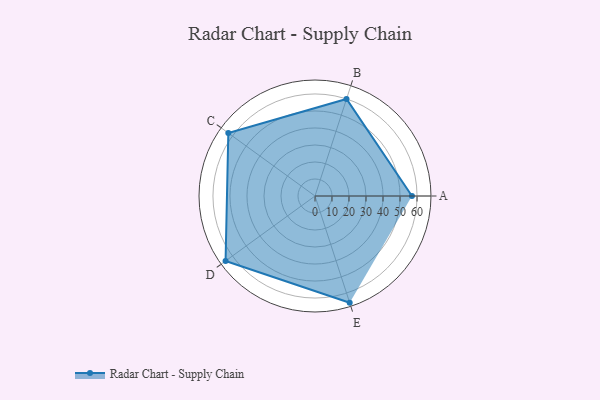
{"axis": {"x": "Skill", "y": "Score"}, "legend": ["Profile"], "data": [{"x": "A", "y": 57.0, "type": "Profile"}, {"x": "B", "y": 60.0, "type": "Profile"}, {"x": "C", "y": 63.0, "type": "Profile"}, {"x": "D", "y": 65.0, "type": "Profile"}, {"x": "E", "y": 66.0, "type": "Profile"}]}